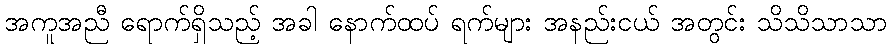
အကူအညီ ရောက်ရှိသည့် အခါ နောက်ထပ် ရက်များ အနည်းငယ် အတွင်း သိသိသာသာ